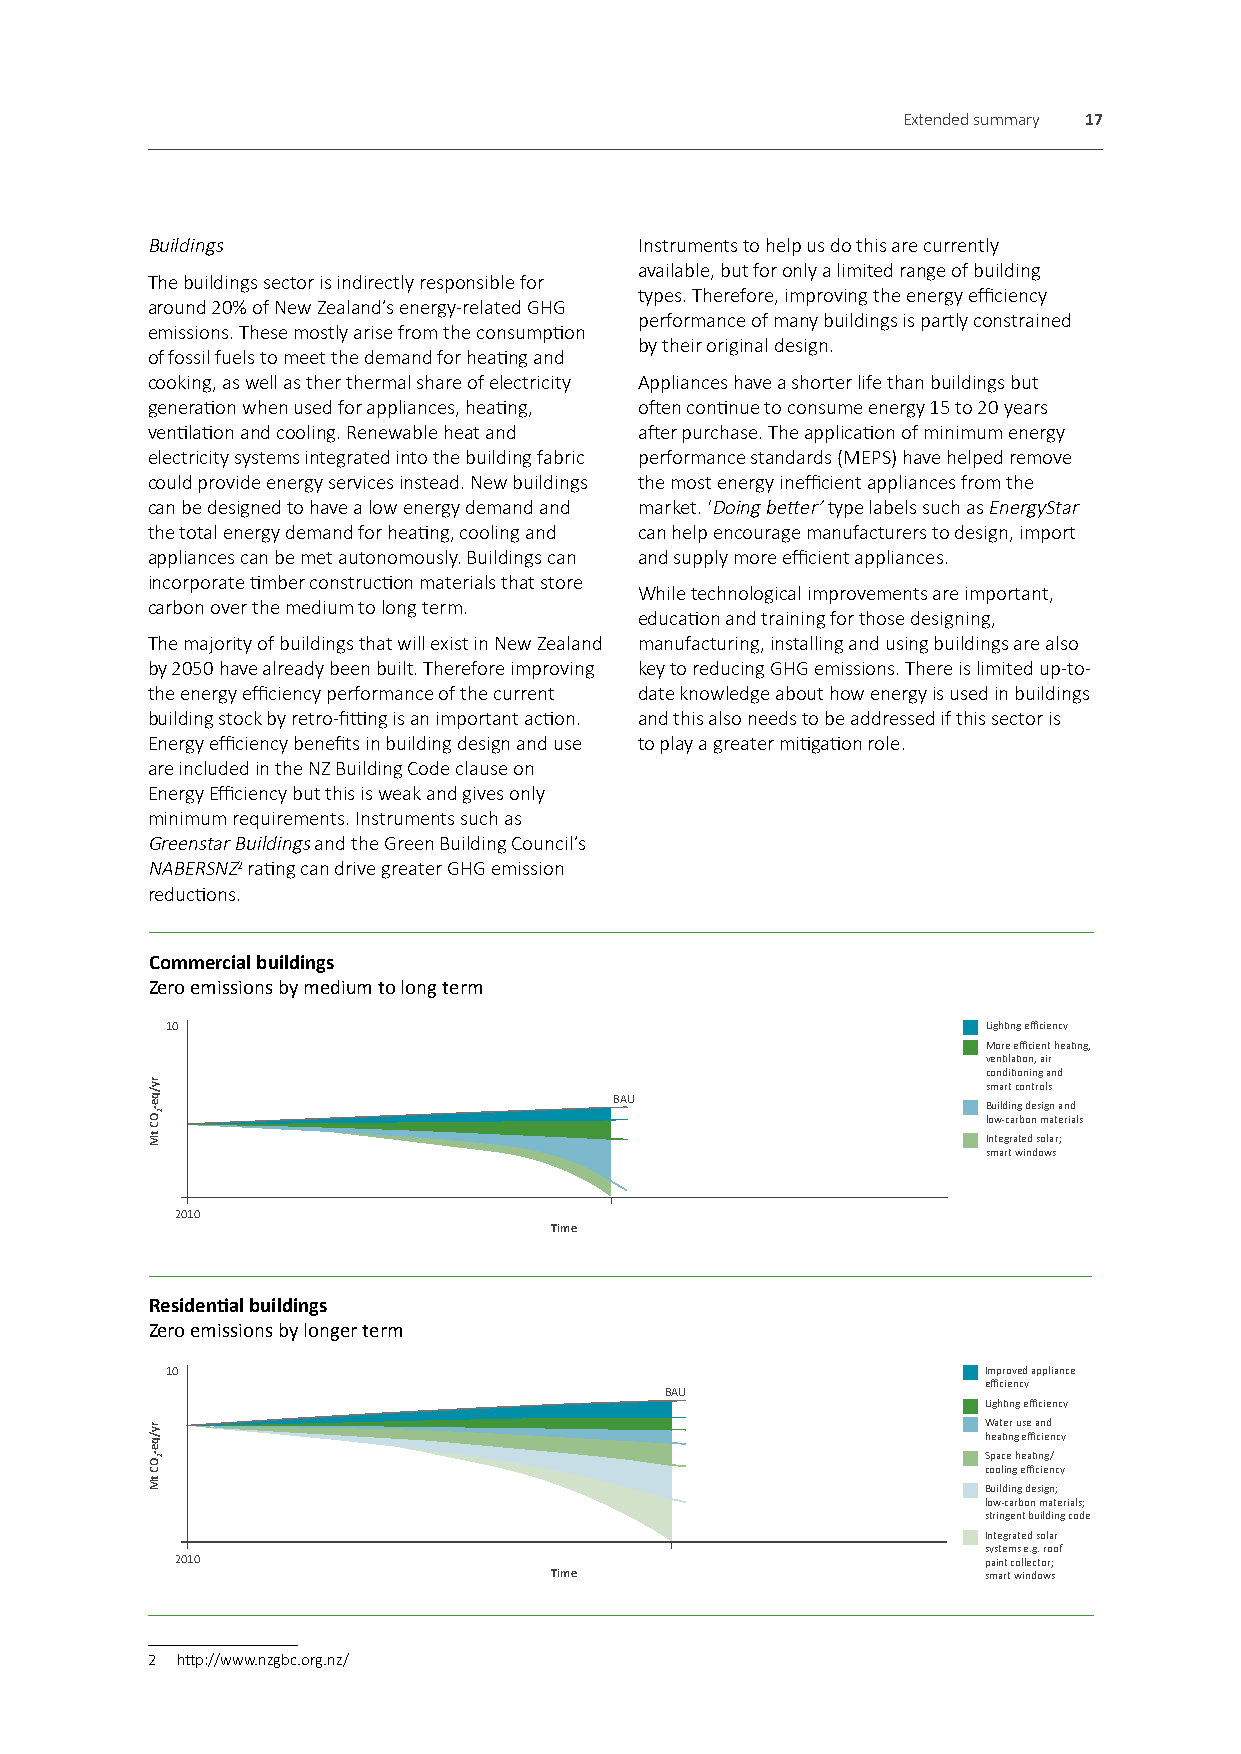
Extended summary 17
 Buildings                       Instruments to help us do this are currently
 available, but for only a limited range of building
 The buildings sector is indirectly responsible for
 types. Therefore, improving the energy efficiency
 around 20% of New Zealand’s energy-related GHG
 performance of many buildings is partly constrained
 emissions. These mostly arise from the consumption
 by their original design.
 of fossil fuels to meet the demand for heating and
 cooking, as well as ther thermal share of electricity Appliances have a shorter life than buildings but
 generation when used for appliances, heating, often continue to consume energy 15 to 20 years
 ventilation and cooling. Renewable heat and after purchase. The application of minimum energy
 electricity systems integrated into the building fabric performance standards (MEPS) have helped remove
 could provide energy services instead. New buildings the most energy inefficient appliances from the
 can be designed to have a low energy demand and market. ‘Doing better’ type labels such as EnergyStar
 the total energy demand for heating, cooling and can help encourage manufacturers to design, import
 appliances can be met autonomously. Buildings can and supply more efficient appliances.
 incorporate timber construction materials that store
 While technological improvements are important,
 carbon over the medium to long term.
 education and training for those designing,
 The majority of buildings that will exist in New Zealand manufacturing, installing and using buildings are also
 by 2050 have already been built. Therefore improving key to reducing GHG emissions. There is limited up-to-
 the energy efficiency performance of the current date knowledge about how energy is used in buildings
 building stock by retro-fitting is an important action. and this also needs to be addressed if this sector is
 Energy efficiency benefits in building design and use to play a greater mitigation role.
 are included in the NZ Building Code clause on
 Energy Efficiency but this is weak and gives only
 minimum requirements. Instruments such as
 Greenstar Buildings and the Green Building Council’s
 NABERSNZ2 rating can drive greater GHG emission
 reductions.
 Commercial buildings
 Zero emissions by medium to long term
 10                                                    Lighting efficiency
 More efficient heating,
 ventilation, air
 conditioning and
 smart controls
 BAU
 Building design and
 low-carbon materials
 Integrated solar;
 smart windows
 2010
 Time
 Residential buildings
 Zero emissions by longer term
 10                                                    Improved appliance
 efficiency
 BAU
 Lighting efficiency
 Water use and
 heating efficiency
 Space heating/
 cooling efficiency
 Building design;
 low-carbon materials;
 stringent building code
 Integrated solar
 systems e.g. roof
 2010                                                 paint collector;
 Time                         smart windows
 2 http://www.nzgbc.org.nz/
 ry/qe-OC
 tM
 ry/qe-OC
 tM
 2
 2